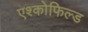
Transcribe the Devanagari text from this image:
एश्कोफिल्ड